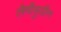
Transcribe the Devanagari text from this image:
लैमीवुडीन